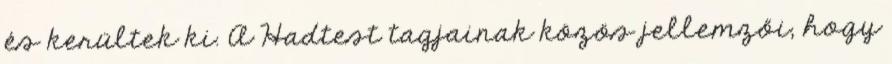
és kerültek ki. A Hadtest tagjainak közös jellemzői, hogy